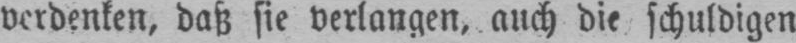
verdenken, daß sie verlangen, auch die schuldigen